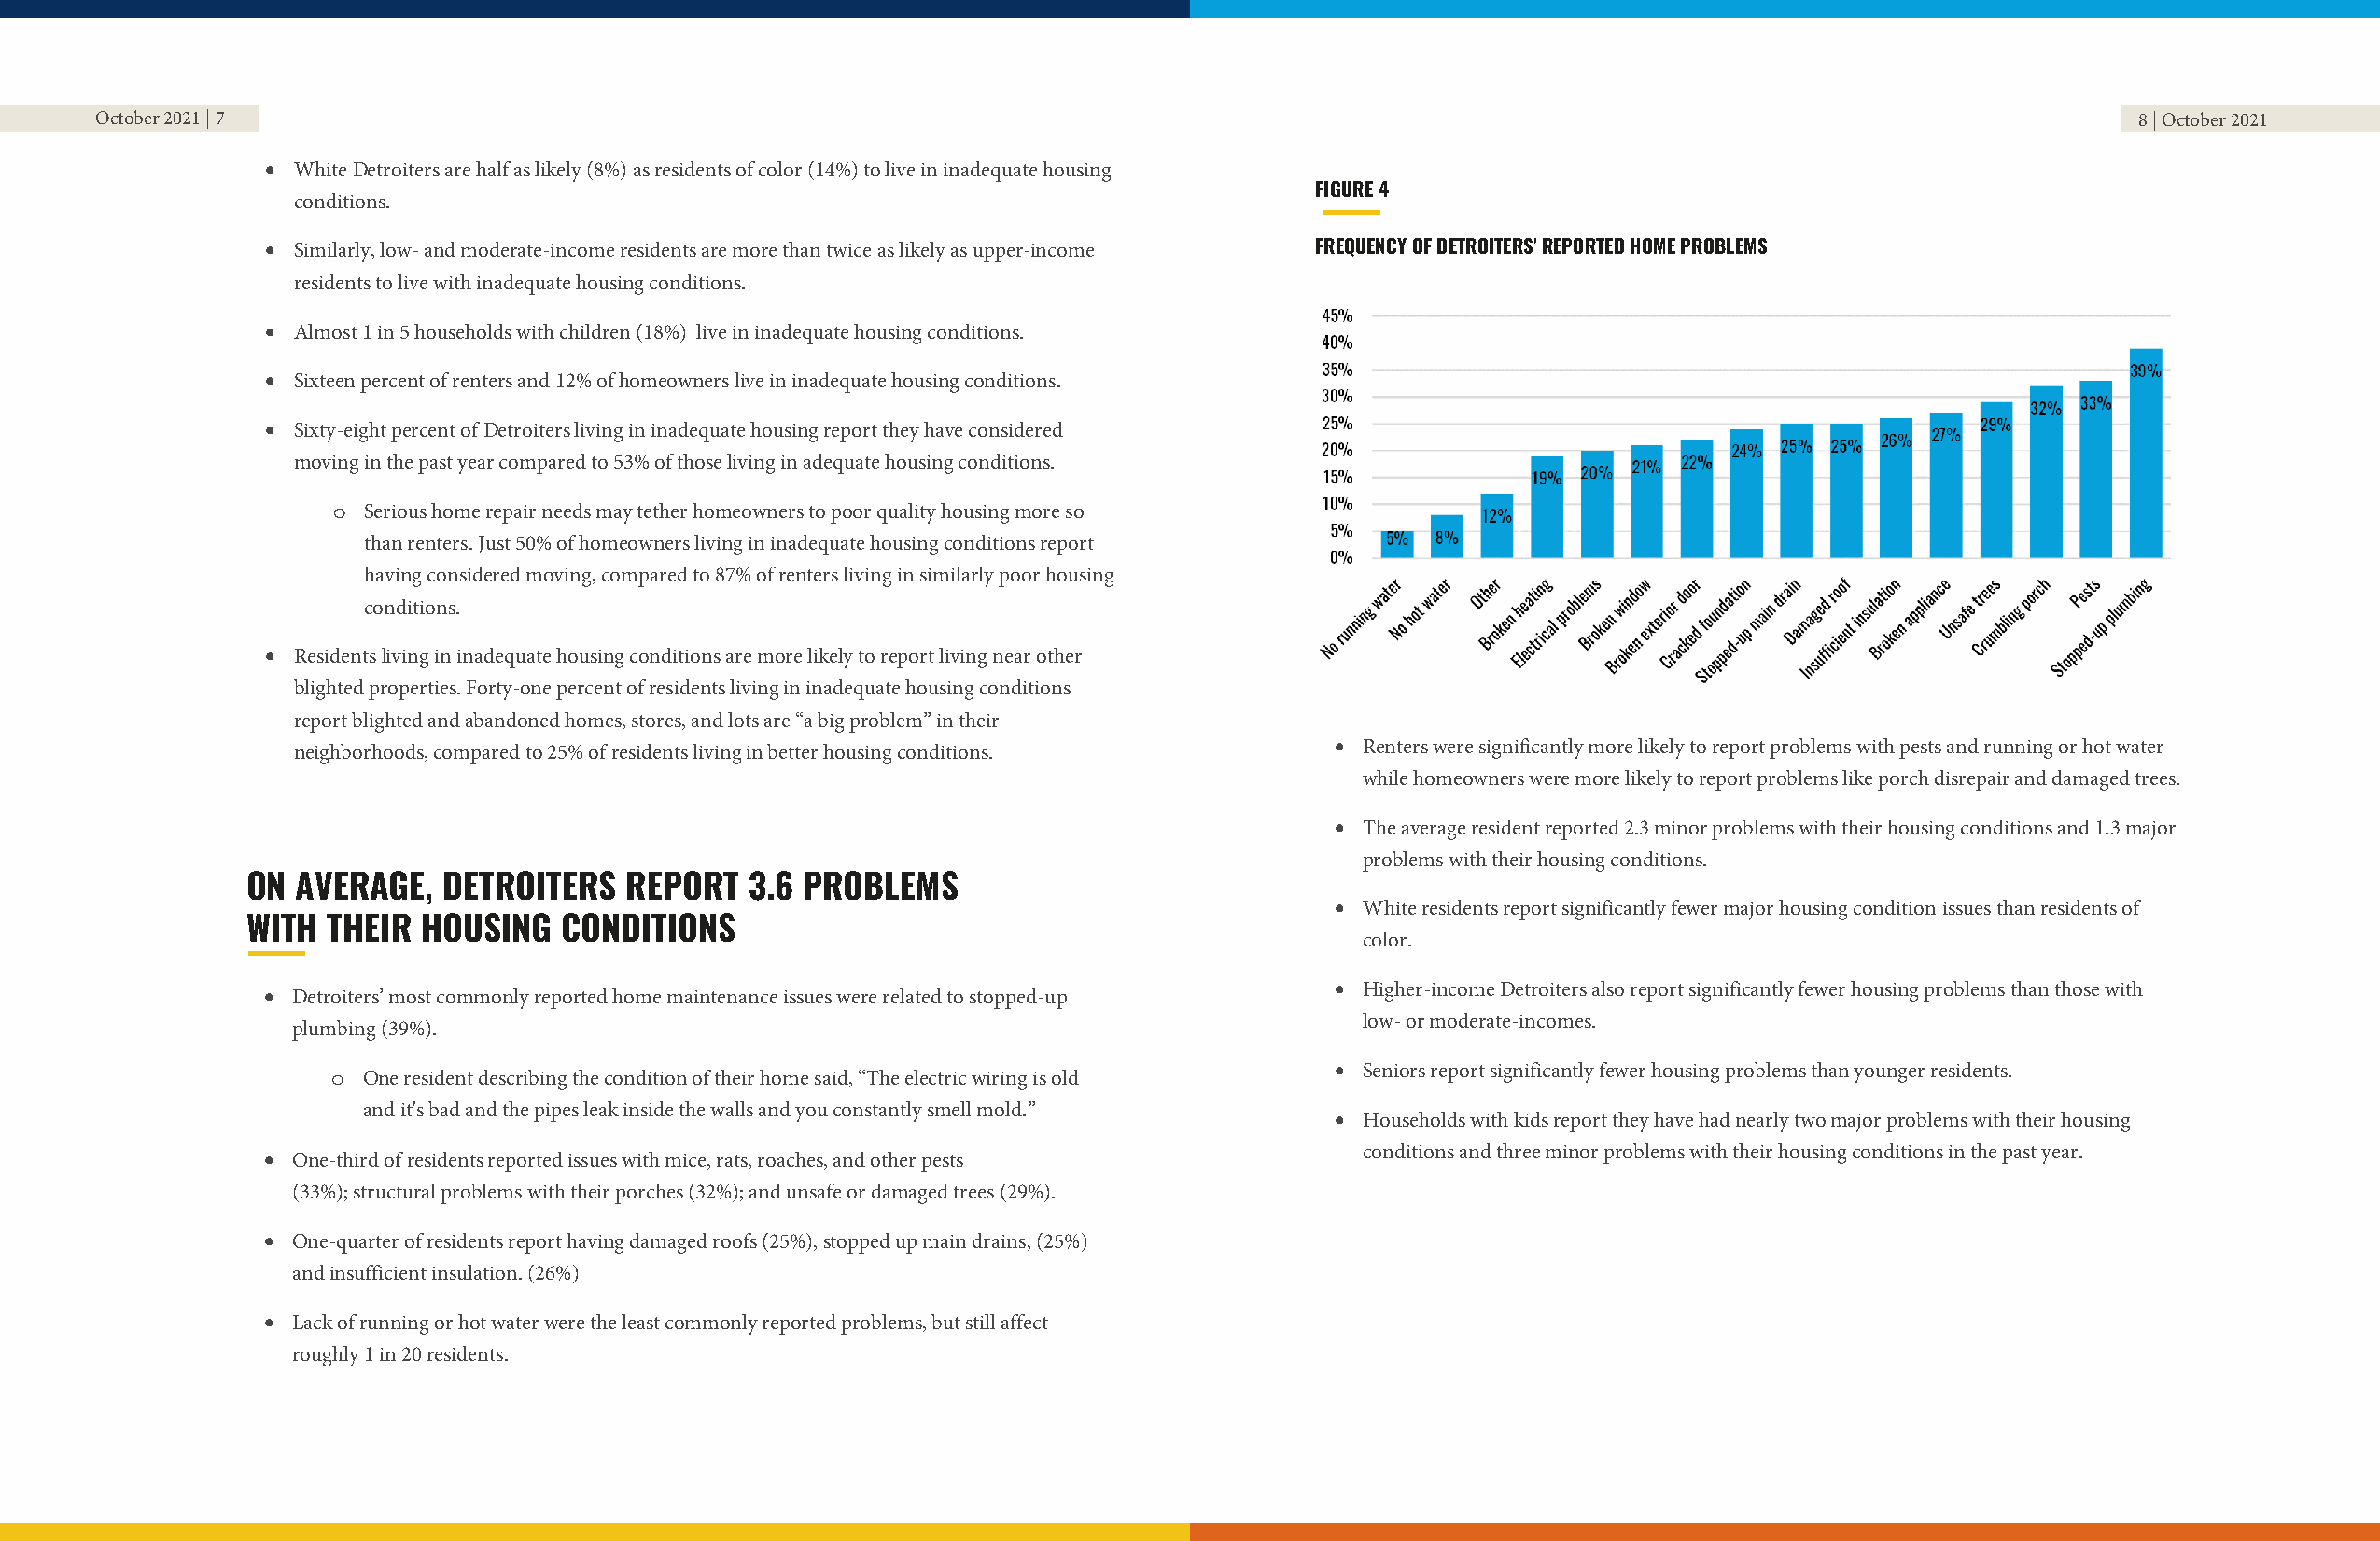
October 2021 | 7                                                                                                                                 8 | October 2021
 • White Detroiters are half as likely (8%) as residents of color (14%) to live in inadequate housing
 FIGURE 4
 conditions.
 • Similarly, low- and moderate-income residents are more than twice as likely as upper-income FREQUENCY OF DETROITERS' REPORTED HOME PROBLEMS
 residents to live with inadequate housing conditions.
 • Almost 1 in 5 households with children (18%) live in inadequate housing conditions.
 • Sixteen percent of renters and 12% of homeowners live in inadequate housing conditions.
 • Sixty-eight percent of Detroiters living in inadequate housing report they have considered
 moving in the past year compared to 53% of those living in adequate housing conditions.
 o Serious home repair needs may tether homeowners to poor quality housing more so
 than renters. Just 50% of homeowners living in inadequate housing conditions report
 having considered moving, compared to 87% of renters living in similarly poor housing
 conditions.
 • Residents living in inadequate housing conditions are more likely to report living near other
 blighted properties. Forty-one percent of residents living in inadequate housing conditions
 report blighted and abandoned homes, stores, and lots are “a big problem” in their
 neighborhoods, compared to 25% of residents living in better housing conditions. • Renters were significantly more likely to report problems with pests and running or hot water
 while homeowners were more likely to report problems like porch disrepair and damaged trees.
 • The average resident reported 2.3 minor problems with their housing conditions and 1.3 major
 problems with their housing conditions.
 ON AVERAGE,  DETROITERS   REPORT   3.6 PROBLEMS
 • White residents report significantly fewer major housing condition issues than residents of
 WITH THEIR  HOUSING   CONDITIONS
 color.
 • Higher-income Detroiters also report significantly fewer housing problems than those with
 • Detroiters’ most commonly reported home maintenance issues were related to stopped-up
 low- or moderate-incomes.
 plumbing (39%).
 o  One resident describing the condition of their home said, “The electric wiring is old • Seniors report significantly fewer housing problems than younger residents.
 and it's bad and the pipes leak inside the walls and you constantly smell mold.”
 • Households with kids report they have had nearly two major problems with their housing
 conditions and three minor problems with their housing conditions in the past year.
 • One-third of residents reported issues with mice, rats, roaches, and other pests
 (33%); structural problems with their porches (32%); and unsafe or damaged trees (29%).
 • One-quarter of residents report having damaged roofs (25%), stopped up main drains, (25%)
 and insufficient insulation. (26%)
 • Lack of running or hot water were the least commonly reported problems, but still affect
 roughly 1 in 20 residents.